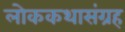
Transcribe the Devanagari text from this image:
लोककथासंग्रह